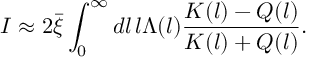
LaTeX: I \approx 2 \bar { \xi } \int _ { 0 } ^ { \infty } d l \, l \Lambda ( l ) { \frac { K ( l ) - Q ( l ) } { K ( l ) + Q ( l ) } } .